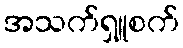
အသက်ရှူစက်